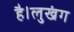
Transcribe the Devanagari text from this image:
है।लुखंग